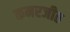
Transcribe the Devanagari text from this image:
कमरजीत